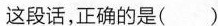
这段话，正确的是（）